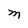
Character: M